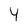
Character: 4